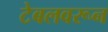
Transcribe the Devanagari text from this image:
टेबलवरून